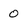
Character: 0